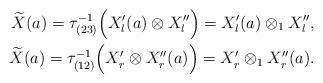
LaTeX: \begin{align*}\widetilde{X}(a)=\tau_{(23)}^{-1}\Big(X_l'(a)\otimes X_l''\Big)=X_l'(a)\otimes_1X_l'',\\\widetilde{X}(a)=\tau_{(12)}^{-1}\Big(X_r'\otimes X_r''(a)\Big)=X_r'\otimes_1X_r''(a).\end{align*}